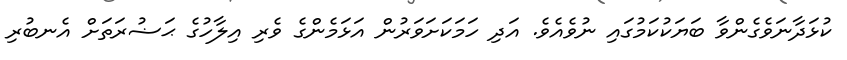
ކުޅަދާނަވެގެންވާ ބަޔަކުކަމުގައި ނުވެއެވެ. އަދި ހަމަކަށަވަރުން އަޅަމެންގެ ވެރި އިލާހުގެ ޙަޟުރަތަށް އެނބުރި